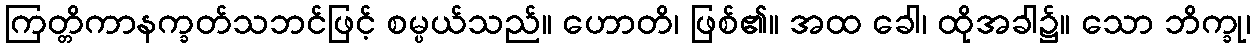
ကြတ္တိကာနက္ခတ်သဘင်ဖြင့် စမ္ပယ်သည်။ ဟောတိ၊ ဖြစ်၏။ အထ ခေါ၊ ထိုအခါ၌။ သော ဘိက္ခု၊